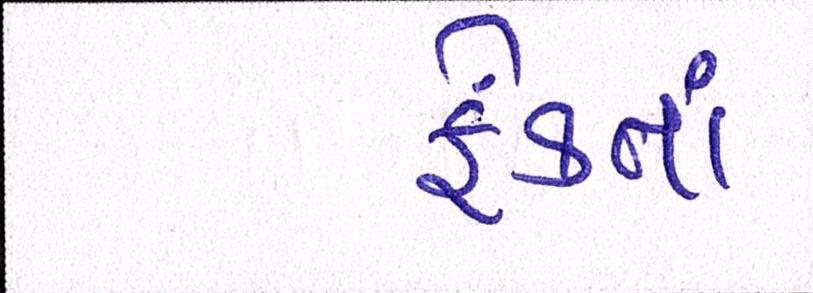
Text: ફેંકતાં